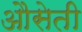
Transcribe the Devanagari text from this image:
औसेती